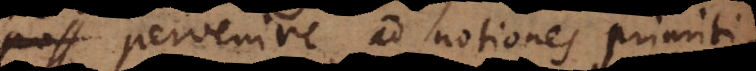
pervenire ad notiones primiti